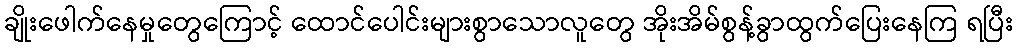
ချိုးဖေါက်နေမှုတွေကြောင့် ထောင်ပေါင်းများစွာသောလူတွေ အိုးအိမ်စွန့်ခွာထွက်ပြေးနေကြ ရပြီး